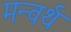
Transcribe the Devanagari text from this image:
मन्वर्थ